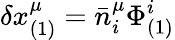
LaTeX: \delta x_{(1)}^{\mu}=\bar{n}_{i}^{\mu}\Phi_{(1)}^{i}